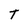
Character: t